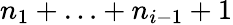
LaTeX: n_{1}+\ldots+n_{i-1}+1